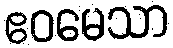
ဧဝမေသာ